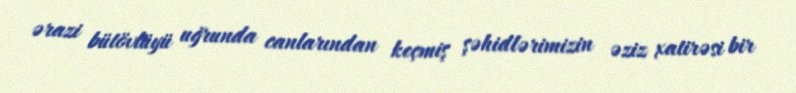
ərazi bütövlüyü uğrunda canlarından keçmiş şəhidlərimizin əziz xatirəsi bir